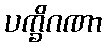
ပက္ခိဂဏာ